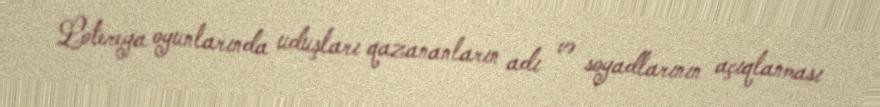
Lotereya oyunlarında uduşları qazananların adı və soyadlarının açıqlanması